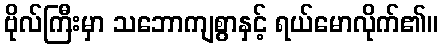
ဗိုလ်ကြီးမှာ သဘောကျစွာနှင့် ရယ်မောလိုက်၏။